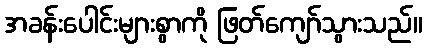
အခန်းပေါင်းများစွာကို ဖြတ်ကျော်သွားသည်။